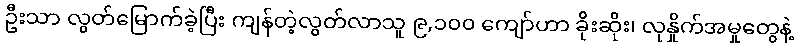
ဦးသာ လွတ်မြောက်ခဲ့ပြီး ကျန်တဲ့လွတ်လာသူ ၉,၁၀၀ ကျော်ဟာ ခိုးဆိုး၊ လုနှိုက်အမှုတွေနဲ့